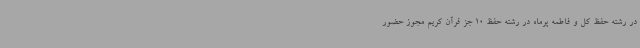
در رشته حفظ کل و فاطمه پرماه در رشته حفظ 10 جز قرآن کریم مجوز حضور